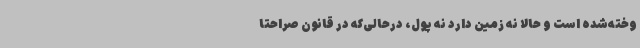
وخته‌شده است و حالا نه زمین دارد نه پول، درحالی‌که در قانون صراحتاً